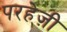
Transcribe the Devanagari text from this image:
परहेज़ी